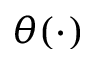
\theta ( \cdot )